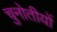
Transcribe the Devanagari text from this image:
चुनोतीयों